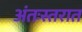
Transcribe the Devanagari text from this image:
अंतःस्तरात